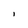
Character: l